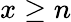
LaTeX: x\geq n